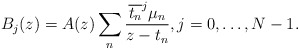
\begin{align*}B_j(z) = A(z)\sum_n \frac{\overline{t_n}^j \mu_n}{z-t_n}, j=0, \dots, N-1.\end{align*}